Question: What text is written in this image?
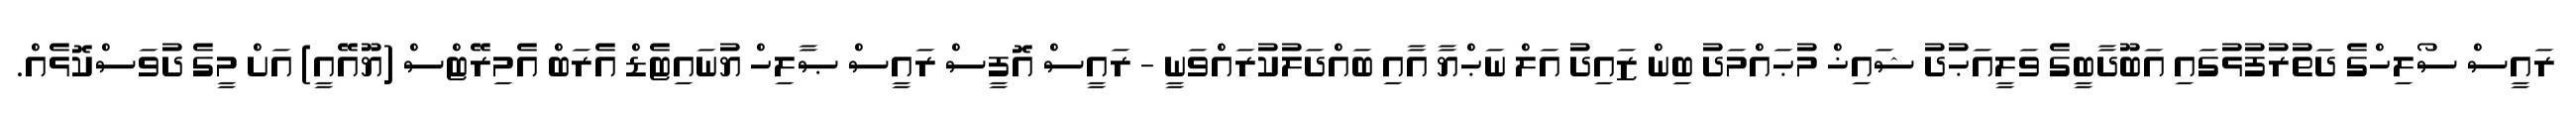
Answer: ރައީސް ސޯލިހްގެ ދަތުރުފުޅުގައި އަބޫދާބީގެ ވަލީއަޙުދު ޝައިޚް މުޙައްމަދު ބިން ޒައިދު އަލް ނަޙްޔާ އާއި ބައްދަލުކުރައްވަނީ - ރައީސް އޮފީސް ރައީސް ޞާލިހް ޔުނައިޓެޑް އެރަބް އެމިރޭޓްސް (ޔޫއޭއީ) އަށް މީގެ ދުވަސްކޮޅެއް.